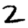
Digit: 2